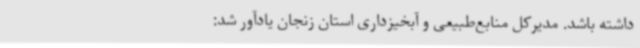
داشته باشد. مدیرکل منابع‌طبیعی و آبخیزداری استان زنجان یادآور شد: